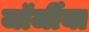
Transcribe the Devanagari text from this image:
जॉर्जीया